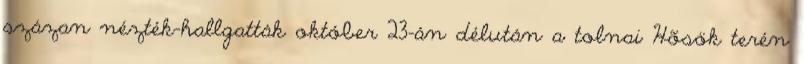
százan nézték-hallgatták október 23-án délután a tolnai Hõsök terén